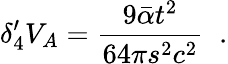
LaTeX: \delta_{4}^{\prime}V_{A}=\frac{9\bar{\alpha}t^{2}}{64\pi s^{2}c^{2}}\; \; .